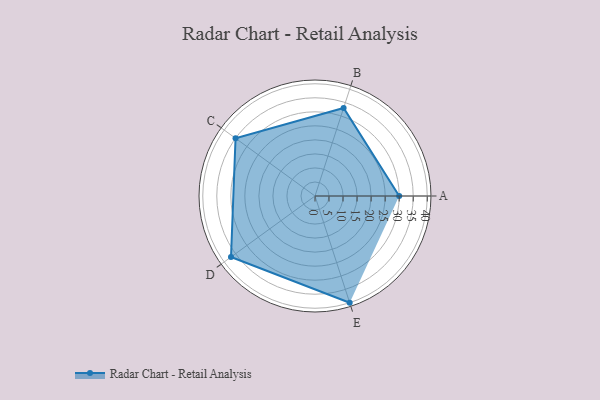
{"axis": {"x": "Skill", "y": "Score"}, "legend": ["Profile"], "data": [{"x": "A", "y": 30.0, "type": "Profile"}, {"x": "B", "y": 33.0, "type": "Profile"}, {"x": "C", "y": 35.0, "type": "Profile"}, {"x": "D", "y": 37.0, "type": "Profile"}, {"x": "E", "y": 40.0, "type": "Profile"}]}